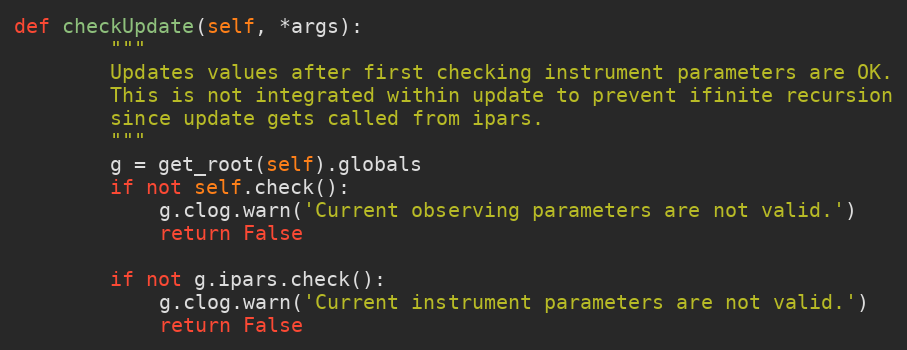
Language: Python
def checkUpdate(self, *args):
        """
        Updates values after first checking instrument parameters are OK.
        This is not integrated within update to prevent ifinite recursion
        since update gets called from ipars.
        """
        g = get_root(self).globals
        if not self.check():
            g.clog.warn('Current observing parameters are not valid.')
            return False

        if not g.ipars.check():
            g.clog.warn('Current instrument parameters are not valid.')
            return False